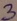
Text: 3